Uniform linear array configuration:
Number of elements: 4
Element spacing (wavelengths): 1
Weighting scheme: hann
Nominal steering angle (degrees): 45
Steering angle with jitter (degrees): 45.464
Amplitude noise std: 0.05
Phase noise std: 0.05

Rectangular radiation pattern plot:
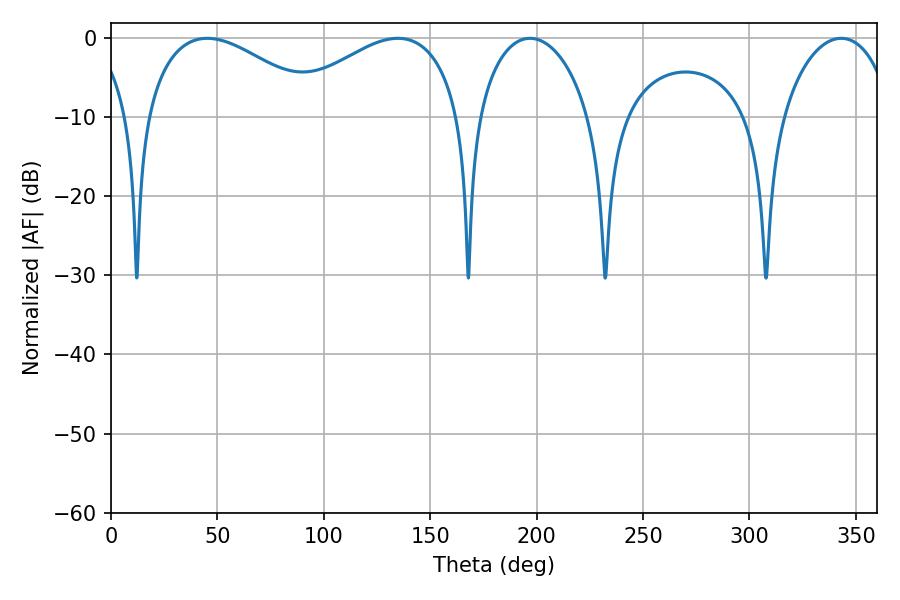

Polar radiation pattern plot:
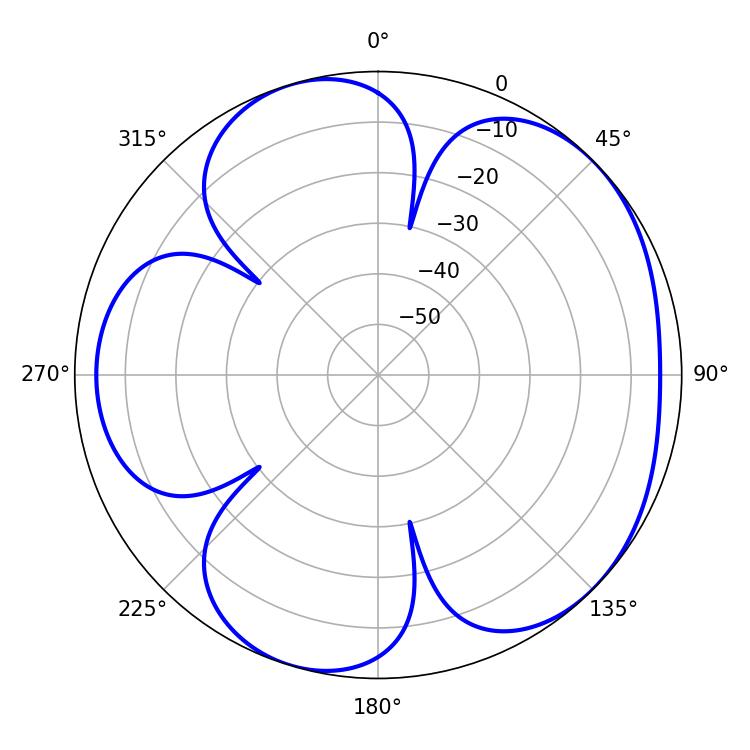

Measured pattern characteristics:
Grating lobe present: TRUE
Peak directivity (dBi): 4.913
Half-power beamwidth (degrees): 46.26
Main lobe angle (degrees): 45.18